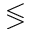
\lessgtr